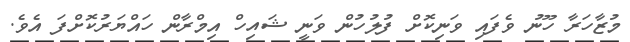
މުޒާހަރާ ހޫނު ވެފައި ވަނިކޮށް ފުލުހުން ވަނީ ޝައިހް އިމްރާން ހައްޔަރުކޮށްފަ އެވެ.